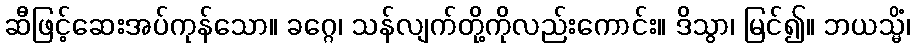
ဆီဖြင့်ဆေးအပ်ကုန်သော။ ခဂ္ဂေ၊ သန်လျက်တို့ကိုလည်းကောင်း။ ဒိသွာ၊ မြင်၍။ ဘယသ္မိံ၊